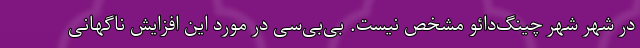
در شهر شهر چینگ‌دائو مشخص نیست. بی‌بی‌سی در مورد این افزایش ناگهانی